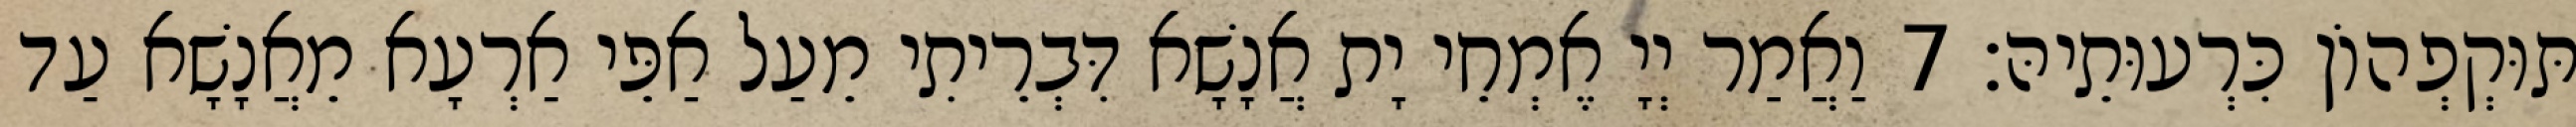
תּוּקְפְהוֹן כִּרְעוּתֵיהּ׃ 7 וַאֲמַר יְיָ אֶמְחֵי יָת אֲנָשָׁא דִּבְרֵיתִי מֵעַל אַפֵּי אַרְעָא מֵאֲנָשָׁא עַד